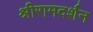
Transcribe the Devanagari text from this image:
श्रीरामदर्शन